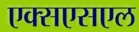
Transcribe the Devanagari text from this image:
एक्सएसएल